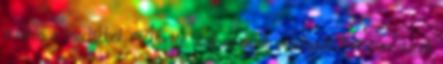
a város a csodákból. Amerre csak néztünk mindenütt kovácsmesterek